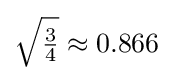
{\sqrt {\tfrac {3}{4}}}\approx 0.866